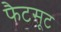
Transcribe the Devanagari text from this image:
फैटसूट